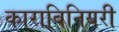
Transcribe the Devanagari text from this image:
काराबिनियरी